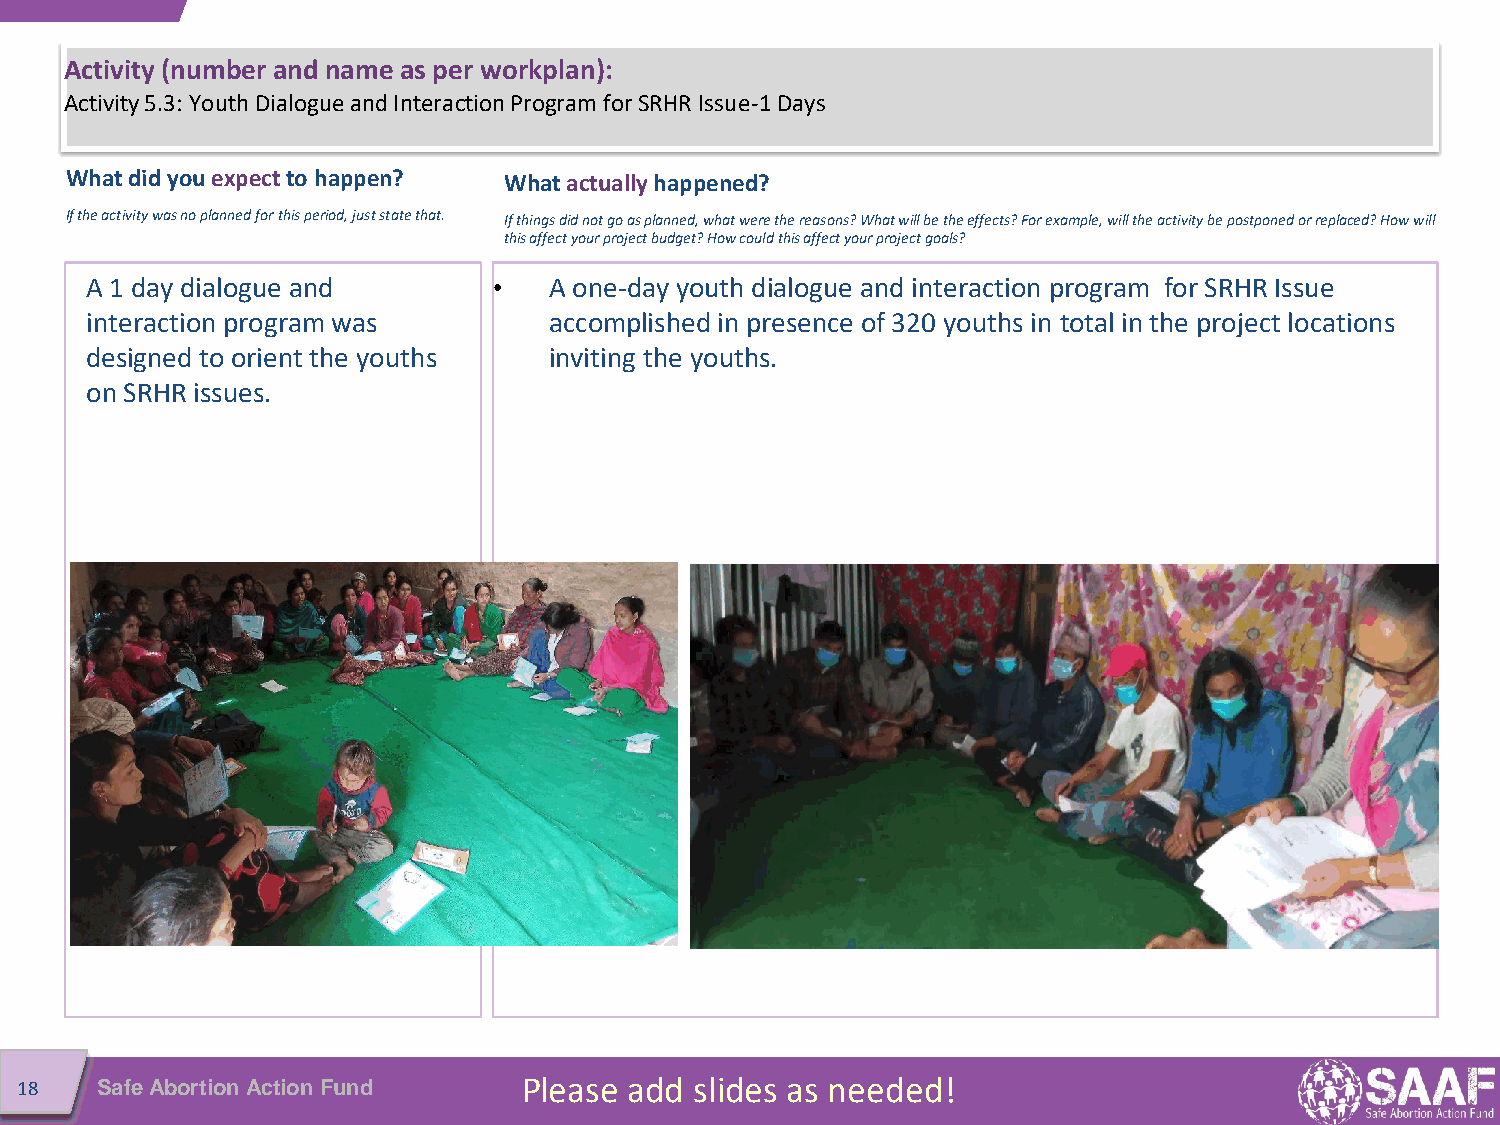
Activity (number and name as per workplan):
 Activity 5.3: Youth Dialogue and Interaction Program for SRHR Issue-1 Days
 What did youexpect to happen? What actually happened?
 If the activity was no planned for this period, just state that. If things did not go as planned, what were the reasons? What will be the effects? For example, will the activity be postponedorreplaced? How will
 this affect your project budget? How could this affect your project goals?
 A 1 day dialogue and       •  A one-day youth dialogue and interaction program for SRHR Issue
 interaction program was       accomplished in presence of 320 youths in total in the project locations
 designed to orient the youths inviting the youths.
 on SRHR issues.
 18   Safe Abortion Action Fund    Please add slides as needed!